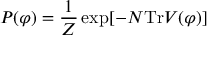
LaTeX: P ( \varphi ) = { \frac { 1 } { Z } } \exp [ - N \mathrm { T r } V ( \varphi ) ]